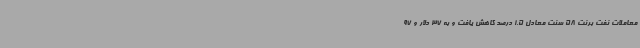
معاملات نفت برنت 58 سنت معادل 1.5 درصد کاهش یافت و به 37 دلار و 97